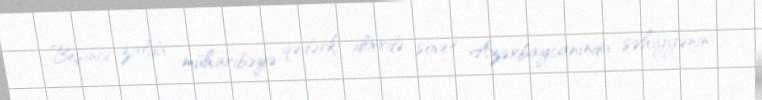
Beşinci zalda müharibəyə qədərki dövrdə sovet Azərbaycanında səhiyyənin